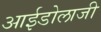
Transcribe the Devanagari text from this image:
आईडोलाजी